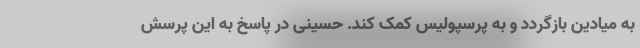
به میادین بازگردد و به پرسپولیس کمک کند. حسینی در پاسخ به این پرسش